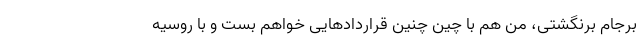
برجام برنگشتی، من هم با چین چنین قراردادهایی خواهم بست و با روسیه